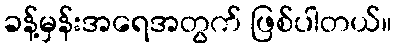
ခန့်မှန်းအရေအတွက် ဖြစ်ပါတယ်။